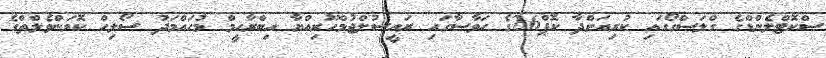
ސްކޮޓްލެންޑްގެ ގްލަސްގޯގައި ކުރިއަށްދާ ކޮޕް26ގެ ހަވާސާގައި ރައީސުލްޖުމްހޫރިއްޔާ އިބްރާހީމް މުހައްމަދު ސޯލިހް ކޮމަންވެލްތްގެ